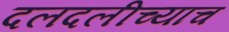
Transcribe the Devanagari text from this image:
दलदलीच्याच